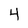
Character: 4